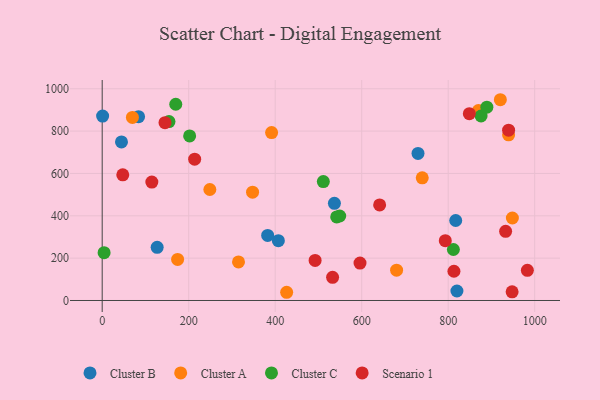
{"axis": {"x": "Experience", "y": "Sales"}, "legend": ["Cluster A", "Cluster B", "Cluster C", "Scenario 1"], "data": [{"x": "1.0", "y": 870.9, "type": "Cluster B"}, {"x": "730.2", "y": 694.5, "type": "Cluster B"}, {"x": "127.1", "y": 250.9, "type": "Cluster B"}, {"x": "407.3", "y": 282.3, "type": "Cluster B"}, {"x": "817.4", "y": 377.8, "type": "Cluster B"}, {"x": "382.6", "y": 307.3, "type": "Cluster B"}, {"x": "84.1", "y": 868.4, "type": "Cluster B"}, {"x": "820.2", "y": 44.8, "type": "Cluster B"}, {"x": "44.6", "y": 749.2, "type": "Cluster B"}, {"x": "536.9", "y": 459.0, "type": "Cluster B"}, {"x": "426.5", "y": 38.8, "type": "Cluster A"}, {"x": "939.7", "y": 782.5, "type": "Cluster A"}, {"x": "347.7", "y": 511.8, "type": "Cluster A"}, {"x": "69.9", "y": 864.5, "type": "Cluster A"}, {"x": "391.7", "y": 792.9, "type": "Cluster A"}, {"x": "948.4", "y": 389.6, "type": "Cluster A"}, {"x": "174.4", "y": 194.0, "type": "Cluster A"}, {"x": "740.0", "y": 579.5, "type": "Cluster A"}, {"x": "920.6", "y": 948.3, "type": "Cluster A"}, {"x": "315.2", "y": 182.0, "type": "Cluster A"}, {"x": "869.9", "y": 897.4, "type": "Cluster A"}, {"x": "248.9", "y": 524.2, "type": "Cluster A"}, {"x": "680.7", "y": 143.0, "type": "Cluster A"}, {"x": "876.0", "y": 871.5, "type": "Cluster C"}, {"x": "202.2", "y": 777.3, "type": "Cluster C"}, {"x": "154.4", "y": 845.1, "type": "Cluster C"}, {"x": "511.3", "y": 561.7, "type": "Cluster C"}, {"x": "889.4", "y": 912.9, "type": "Cluster C"}, {"x": "812.0", "y": 240.8, "type": "Cluster C"}, {"x": "549.2", "y": 399.1, "type": "Cluster C"}, {"x": "170.1", "y": 926.9, "type": "Cluster C"}, {"x": "542.2", "y": 394.7, "type": "Cluster C"}, {"x": "4.4", "y": 225.9, "type": "Cluster C"}, {"x": "114.8", "y": 559.4, "type": "Scenario 1"}, {"x": "947.8", "y": 41.0, "type": "Scenario 1"}, {"x": "596.1", "y": 176.8, "type": "Scenario 1"}, {"x": "793.3", "y": 282.5, "type": "Scenario 1"}, {"x": "145.2", "y": 840.0, "type": "Scenario 1"}, {"x": "532.7", "y": 109.5, "type": "Scenario 1"}, {"x": "932.8", "y": 326.5, "type": "Scenario 1"}, {"x": "492.3", "y": 189.4, "type": "Scenario 1"}, {"x": "47.6", "y": 593.8, "type": "Scenario 1"}, {"x": "939.7", "y": 804.6, "type": "Scenario 1"}, {"x": "213.8", "y": 667.4, "type": "Scenario 1"}, {"x": "848.9", "y": 882.3, "type": "Scenario 1"}, {"x": "813.3", "y": 138.0, "type": "Scenario 1"}, {"x": "641.5", "y": 451.6, "type": "Scenario 1"}, {"x": "983.1", "y": 142.3, "type": "Scenario 1"}]}